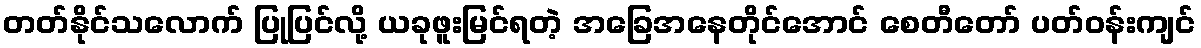
တတ်နိုင်သလောက် ပြုပြင်လို့ ယခုဖူးမြင်ရတဲ့ အခြေအနေတိုင်အောင် စေတီတော် ပတ်ဝန်းကျင်